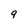
Character: 9